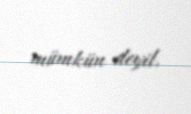
mümkün deyil.